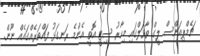
ޗެމްޕިއަންސް ލީގް ތާވަލްގައި މިހާރު ސިޓީ އޮތީ އެންމެ ރަނގަޅު ފައްތަރެއްގައެއް ނޫން.